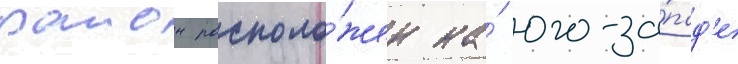
раион располо́жен на́ юго-за́пад'е